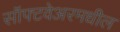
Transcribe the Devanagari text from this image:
सॉफ्टवेअरमधील